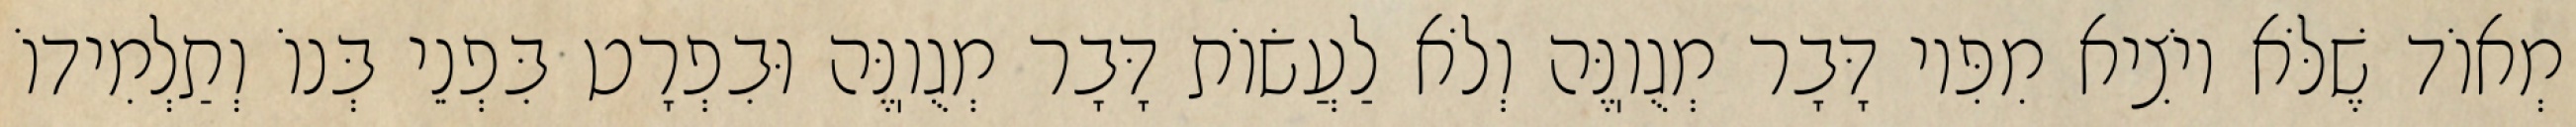
מְאוֹד שֶׁלֹּא יוֹצִיא מִפִּיו דָּבָר מְגֻוֽנֶּה וְלֹא לַעֲשׂוֹת דָּבָר מְגֻוֽנֶּה וּבִפְרָט בִּפְנֵי בְּנוֹ וְתַלְמִידוֹ